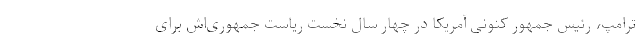
ترامپ، رئیس جمهور کنونی آمریکا در چهار سال نخست ریاست جمهوری‌اش برای